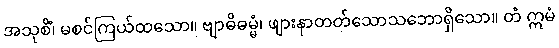
အသုစိံ၊ မစင်ကြယ်ထသော။ ဗျာဓိဓမ္မံ၊ ဖျားနာတတ်သောသဘောရှိသော။ တံ ဣမံ